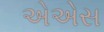
એએસ